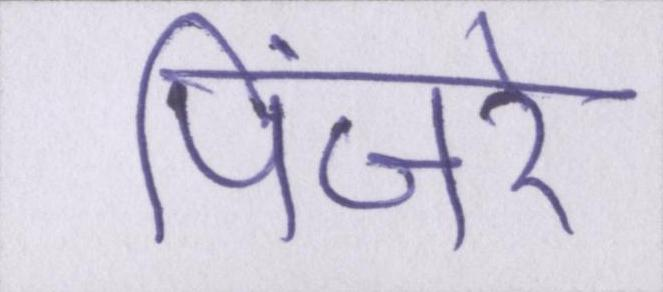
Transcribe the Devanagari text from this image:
पिंजरे